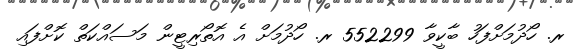
ރ. ހޯދުމަށްފަހު ބާކީވާ 552299 ރ. ހޯދުމަށް އެ އޮތޯރިޓީން މަސައްކަތް ކޮށްފައި